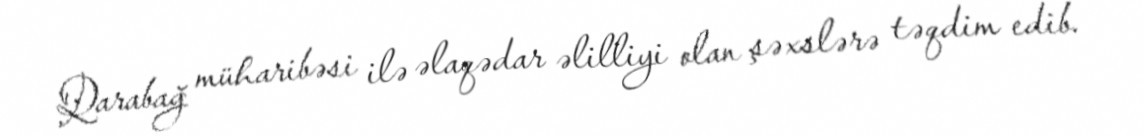
Qarabağ müharibəsi ilə əlaqədar əlilliyi olan şəxslərə təqdim edib.